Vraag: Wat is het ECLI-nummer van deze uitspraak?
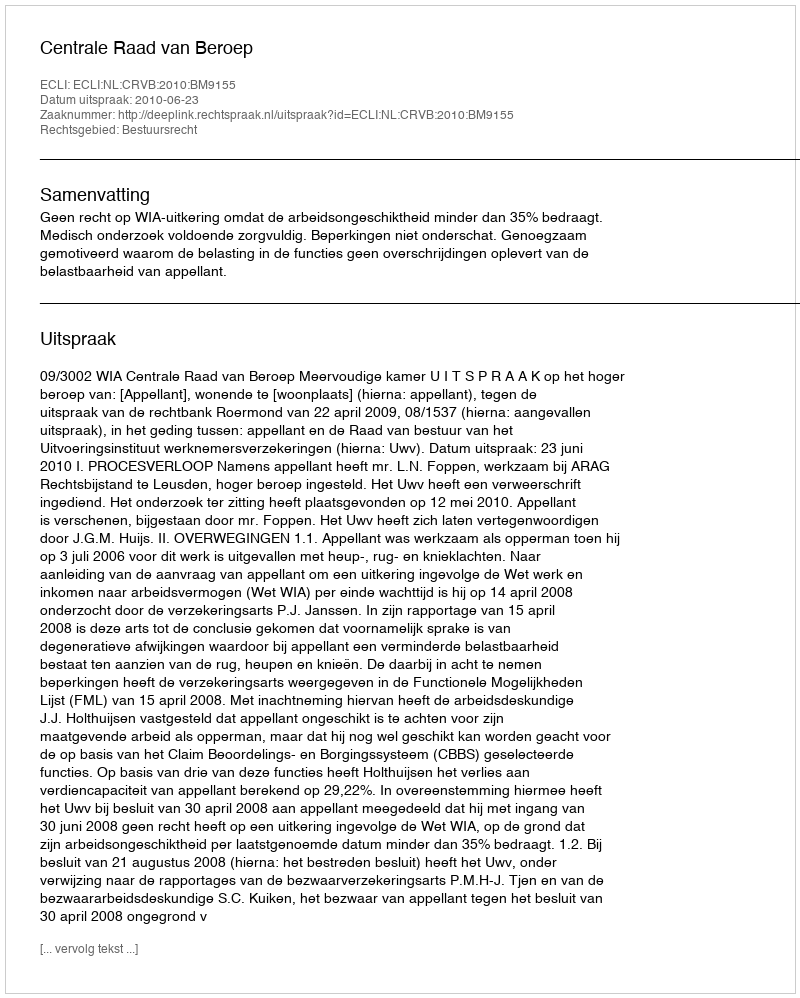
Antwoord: ECLI:NL:CRVB:2010:BM9155